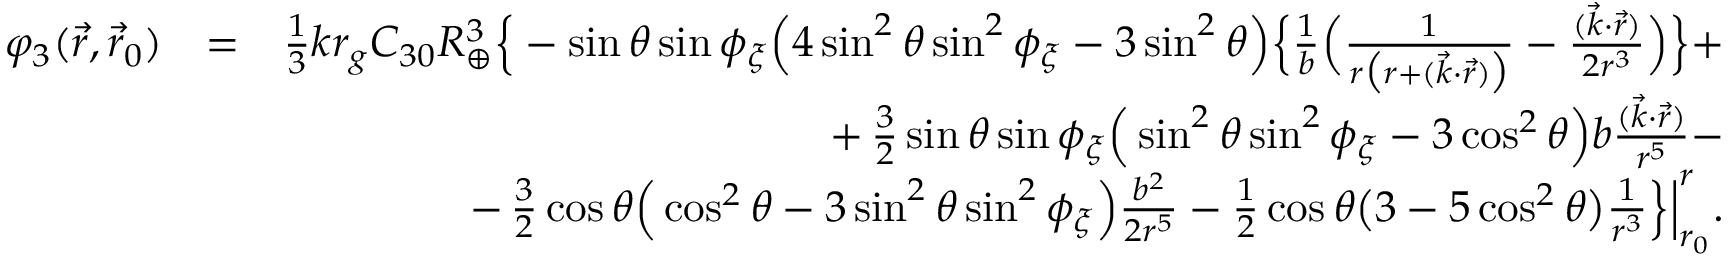
\begin{array} { r l r } { \varphi _ { 3 } ( \vec { r } , \vec { r } _ { 0 } ) } & { = } & { { \textstyle \frac { 1 } { 3 } } k r _ { g } C _ { 3 0 } R _ { \oplus } ^ { 3 } \Big \{ - \sin \theta \sin \phi _ { \xi } \Big ( 4 \sin ^ { 2 } \theta \sin ^ { 2 } \phi _ { \xi } - 3 \sin ^ { 2 } \theta \Big ) \Big \{ \frac { 1 } { b } \Big ( \frac { 1 } { r \big ( r + ( \vec { k } \cdot \vec { r } ) \big ) } - \frac { ( \vec { k } \cdot \vec { r } ) } { 2 r ^ { 3 } } \Big ) \Big \} + } \\ & { } & { + \, { \textstyle \frac { 3 } { 2 } } \sin \theta \sin \phi _ { \xi } \Big ( \sin ^ { 2 } \theta \sin ^ { 2 } \phi _ { \xi } - 3 \cos ^ { 2 } \theta \Big ) b \frac { ( \vec { k } \cdot \vec { r } ) } { r ^ { 5 } } - } \\ & { } & { - \, { \textstyle \frac { 3 } { 2 } } \cos \theta \Big ( \cos ^ { 2 } \theta - 3 \sin ^ { 2 } \theta \sin ^ { 2 } \phi _ { \xi } \Big ) \frac { b ^ { 2 } } { 2 r ^ { 5 } } - { \textstyle \frac { 1 } { 2 } } \cos \theta \big ( 3 - 5 \cos ^ { 2 } \theta \big ) \frac { 1 } { r ^ { 3 } } \Big \} \Big | _ { r _ { 0 } } ^ { r } . } \end{array}